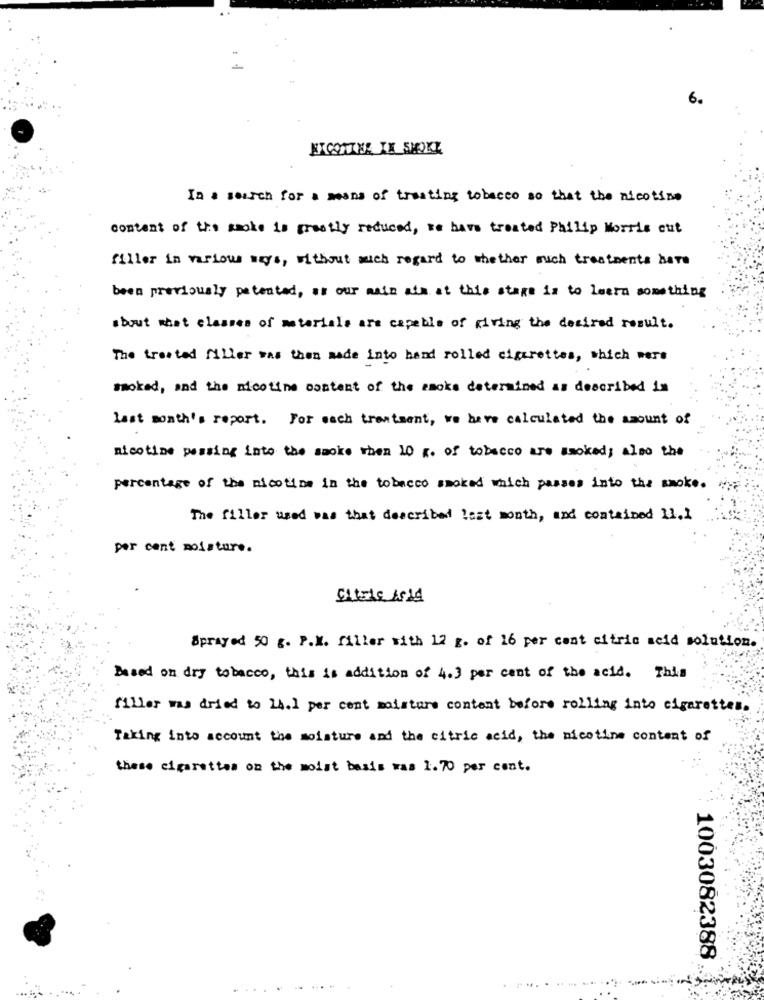
6.
NICOTINE IK SHOKL
In a search for a means of treating tobacco so that the nicotine
content of the smoke is greatly reduced, we have treated Philip Morris cut
filler in various ways, without sich regard to whether such treatments have
been previously patented, as our main atm at this stage is to Learn something
about what classes of materials are capable of giving the desired result.
The treated filler was then made into hand rolled cigarettes, which were
smoked, and the nicotine content of the smoke determined as described in
Last month's report. For each treatment, we have calculated the amount of
nicotine passing into the smoke when 10 g. of tobacco are smoked; also the
percentage of the nicotine in the tobacco smoked which passes into the smoke.
The filler used was that described last month, and contained 11.1
per cent moisture.
Citale Ac14
Sprayed 50 g. P.X. filler with 12 g. of 16 per cent citric acid solution.
Based on dry tobacco, this is addition of 4.) per cent of the acid. This
filler was dried to 14.1 per cent moisture content before rolling into cigarettes.
Taking into account the moisture and the citric acid, the nicotine content of
these cigarettes on the moist basis was 1.70 per cent.
1003082388